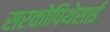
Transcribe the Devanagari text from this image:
सरकोपिथेसाई